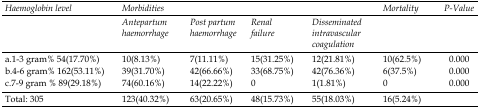
| Haemoglobin level | <COLSPAN=4> Morbidities | Mortality | P-Value |
 |  | Antepartum haemorrhage | Post partum haemorrhage | Renal failure | Disseminated intravascular coagulation |  |  |
 | --- | --- | --- | --- | --- | --- | --- |
 | a.1-3 gram% 54(17.70%) | 10(8.13%) | 7(11.11%) | 15(31.25%) | 12(21.81%) | 10(62.5%) | 0.000 |
 | b.4-6 gram% 162(53.11%) | 39(31.70%) | 42(66.66%) | 33(68.75%) | 42(76.36%) | 6(37.5%) | 0.000 |
 | c.7-9 gram % 89(29.18%) | 74(60.16%) | 14(22.22%) | 0 | 1(1.81%) | 0 | 0.000 |
 | Total: 305 | 123(40.32%) | 63(20.65%) | 48(15.73%) | 55(18.03%) | 16(5.24%) |  |